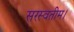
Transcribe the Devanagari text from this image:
सरस्वतीम।